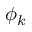
\phi _ { k }